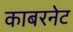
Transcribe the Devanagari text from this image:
काबरनेट